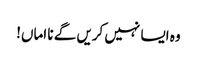
وہ ایسا نہیں کریں گے نا اماں!